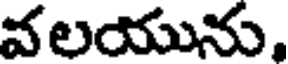
వలయును,